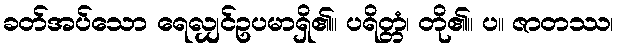
ခတ်အပ်သော ရေလျှင်ဥပမာရှိ၏။ ပရိတ္တံ၊ တို၏။ ပ။ ဇာတဿ၊